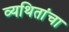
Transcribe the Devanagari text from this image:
व्यथितांचा